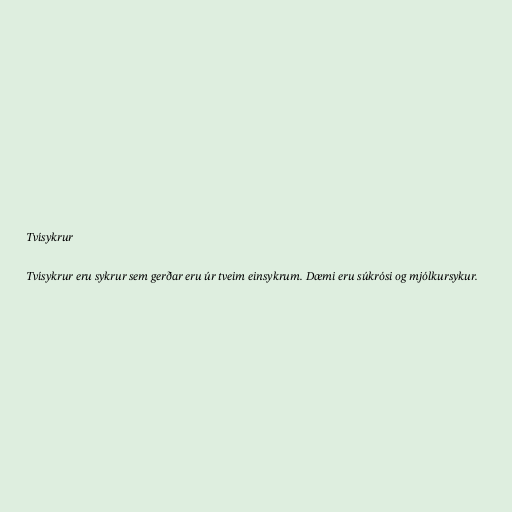
Tvísykrur

Tvísykrur eru sykrur sem gerðar eru úr tveim einsykrum. Dæmi eru súkrósi og mjólkursykur.